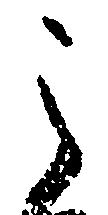
之